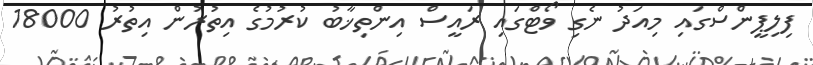
ފިލިޕީންސްގައި މިއަދު ނެގި ވޯޓްގައި ރައީސް އިންތިޚާބު ކުރުމުގެ އިތުރުން އިތުރު 18000